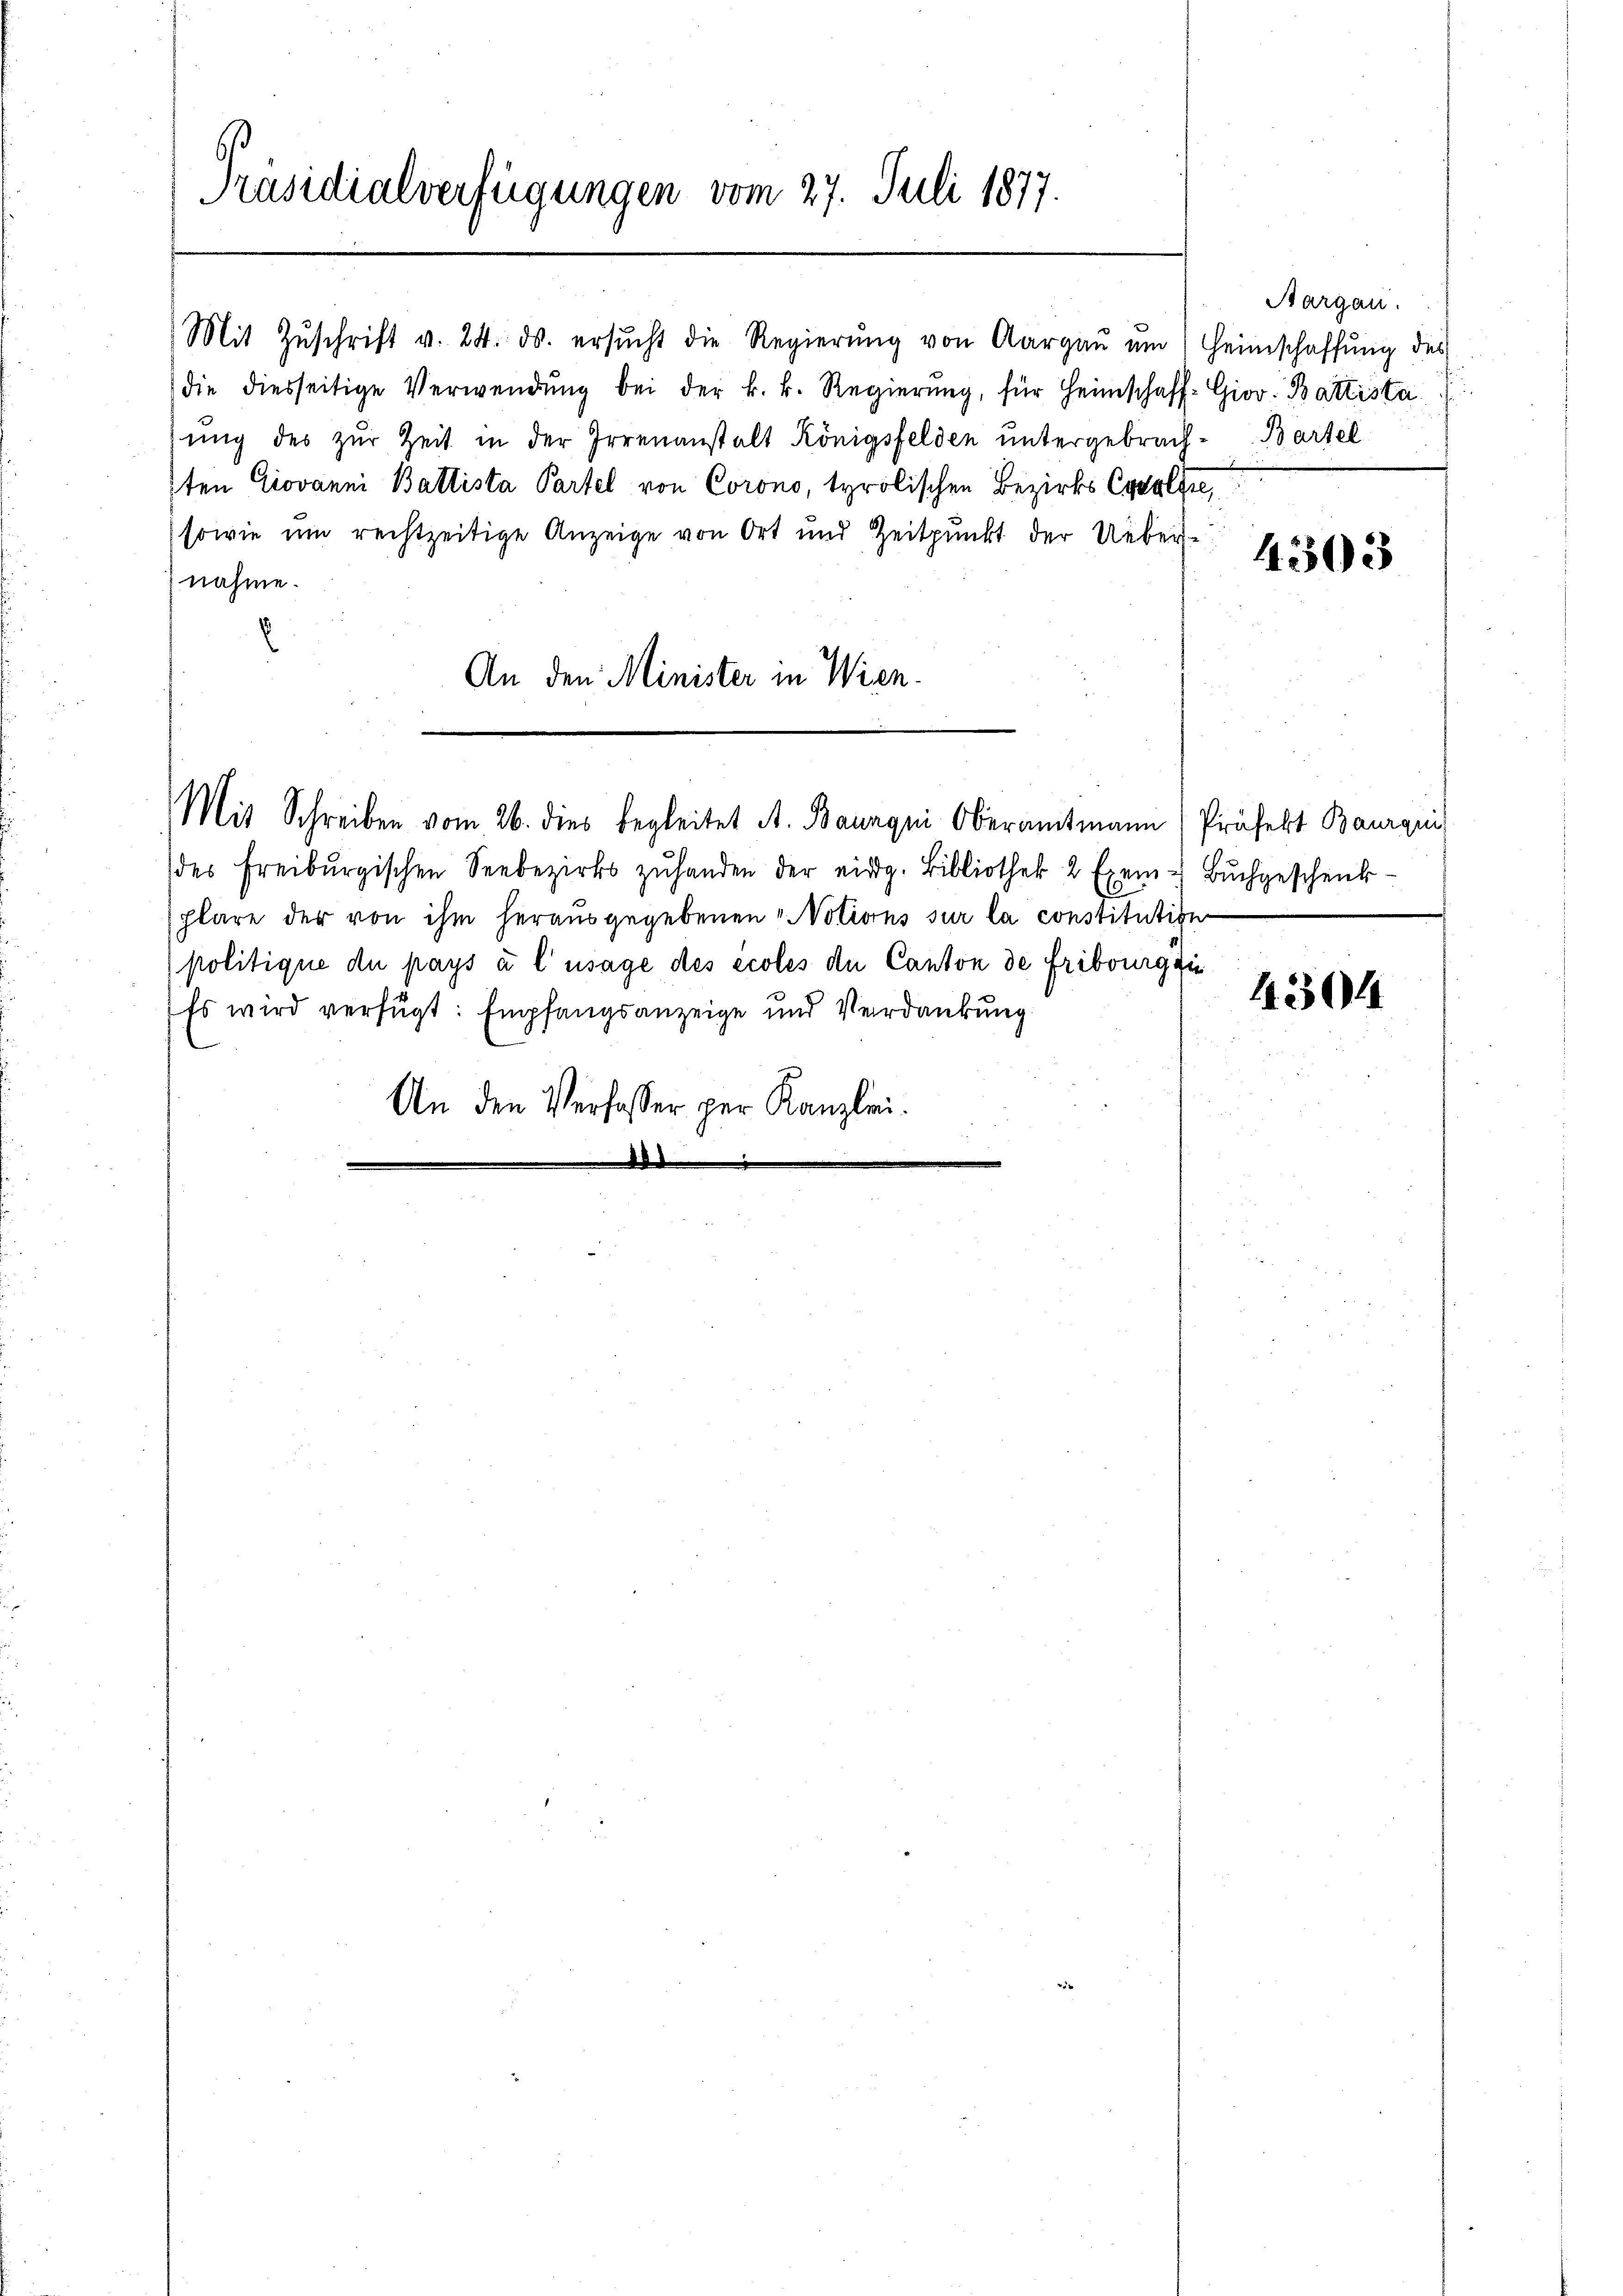
Präsidialverfügungen vom 27. Juli 1877.

Mit Zŭschrift v. 24. ds. ersŭcht die Regierŭng von Aargaŭ ŭm) Heimschaffŭng des
die diesseitige Verwendŭng bei der k. k. Regierŭng, für Heimschaft-Giov. Battistaŭng des zŭr Zeit in der Irrenanstalt Königsfelden untergebrach-Bartel
1ten Giovanni Ballista Partel von Corono, tyrolischen Bezirks Crolsee,
sowie um rechtzeitige Anzeige von Ort und Zeitpunkt der Ueber-
nahme.
An den Minister in Wien.

des Freiburgischen Seebezirks zŭhanden der eidg. Bibliothek 2 Exem- Buchgeschenk-
plare der von ihm herausgegebenen Notions sur la constitutige
politique du pays à l’usage des écoles de Canton de Fribourgzi
Es wird verfügt: Empfangsanzeige und Verdankung
An den Verfasser per Kanzlei.

Mit Schreiben vom 26. dies begleitet A. Bauaqni Oberamtmann (Präfekt Baurqui

Aargau.

4503

4304